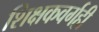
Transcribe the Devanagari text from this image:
शिक्षकवर्गही